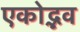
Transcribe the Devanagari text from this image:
एकोद्भव